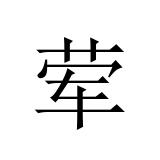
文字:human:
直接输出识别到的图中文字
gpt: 荤